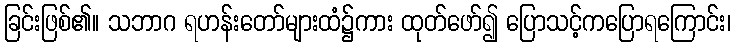
ခြင်းဖြစ်၏။ သဘာဂ ရဟန်းတော်များထံ၌ကား ထုတ်ဖော်၍ ပြောသင့်ကပြောရကြောင်း၊